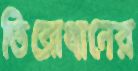
তিরোধানের